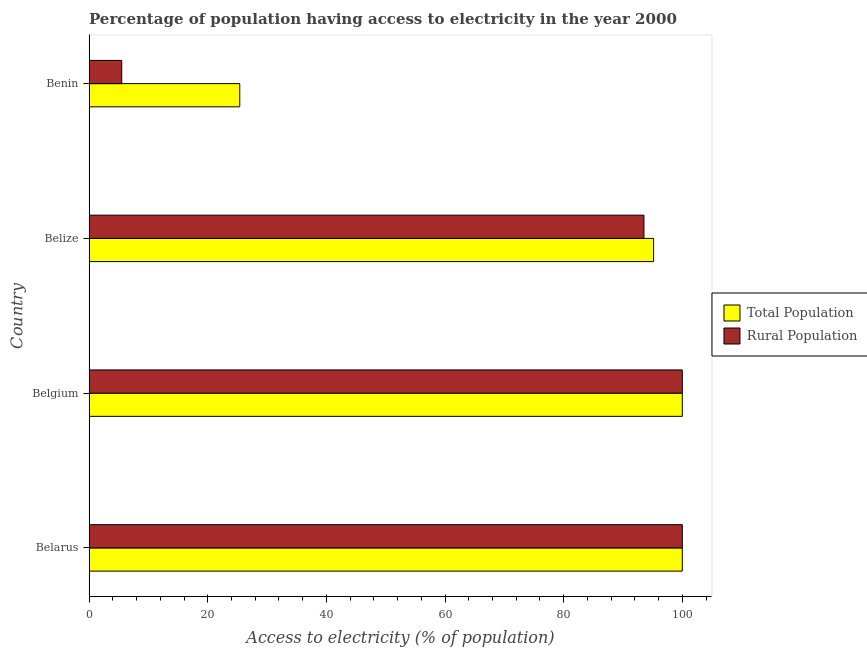
| Country | Total Population | Rural Population |
 | --- | --- | --- |
 | Belarus | 100 | 100 |
 | Belgium | 100 | 100 |
 | Belize | 95.2 | 93.5 |
 | Benin | 25.4 | 5.5 |